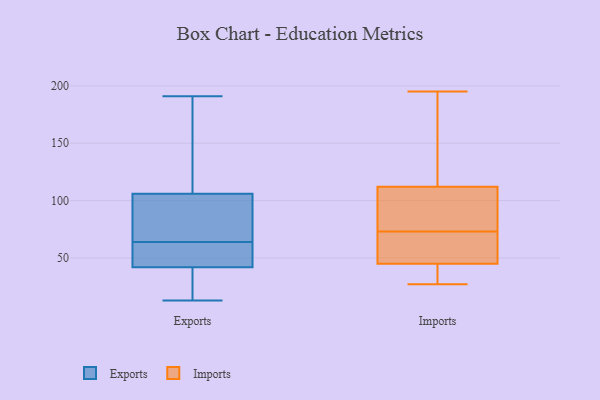
{"axis": {"x": "Satisfaction Score", "y": "Value"}, "legend": ["Exports", "Imports"], "data": [{"x": "", "y": 125, "type": "Exports"}, {"x": "", "y": 29, "type": "Exports"}, {"x": "", "y": 20, "type": "Exports"}, {"x": "", "y": 60, "type": "Exports"}, {"x": "", "y": 42, "type": "Exports"}, {"x": "", "y": 106, "type": "Exports"}, {"x": "", "y": 68, "type": "Exports"}, {"x": "", "y": 77, "type": "Exports"}, {"x": "", "y": 45, "type": "Exports"}, {"x": "", "y": 191, "type": "Exports"}, {"x": "", "y": 44, "type": "Exports"}, {"x": "", "y": 69, "type": "Exports"}, {"x": "", "y": 13, "type": "Exports"}, {"x": "", "y": 162, "type": "Exports"}, {"x": "", "y": 112, "type": "Imports"}, {"x": "", "y": 195, "type": "Imports"}, {"x": "", "y": 40, "type": "Imports"}, {"x": "", "y": 27, "type": "Imports"}, {"x": "", "y": 81, "type": "Imports"}, {"x": "", "y": 65, "type": "Imports"}, {"x": "", "y": 38, "type": "Imports"}, {"x": "", "y": 65, "type": "Imports"}, {"x": "", "y": 51, "type": "Imports"}, {"x": "", "y": 181, "type": "Imports"}, {"x": "", "y": 184, "type": "Imports"}, {"x": "", "y": 109, "type": "Imports"}, {"x": "", "y": 45, "type": "Imports"}, {"x": "", "y": 96, "type": "Imports"}]}